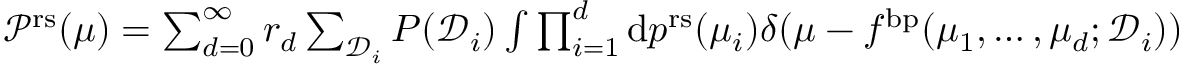
\begin{array} { r } { \mathcal { P } ^ { \mathrm { r s } } ( \mu ) = \sum _ { d = 0 } ^ { \infty } r _ { d } \sum _ { \mathcal { D } _ { i } } P ( \mathcal { D } _ { i } ) \int \prod _ { i = 1 } ^ { d } \mathrm { d } p ^ { \mathrm { r s } } ( \mu _ { i } ) \delta ( \mu - f ^ { \mathrm { b p } } ( \mu _ { 1 } , \dots , \mu _ { d } ; \mathcal { D } _ { i } ) ) } \end{array}